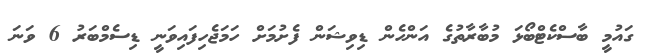
ގައުމީ ބާސްކެޓްބޯޅަ މުބާރާތުގެ އަންހެން ޑިވިޝަން ފެށުމަށް ހަމަޖެހިފައިވަނީ ޑިސެމްބަރު 6 ވަނަ